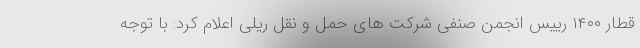
قطار ۱۴۰۰ رییس انجمن صنفی شرکت های حمل و نقل ریلی اعلام کرد: با توجه